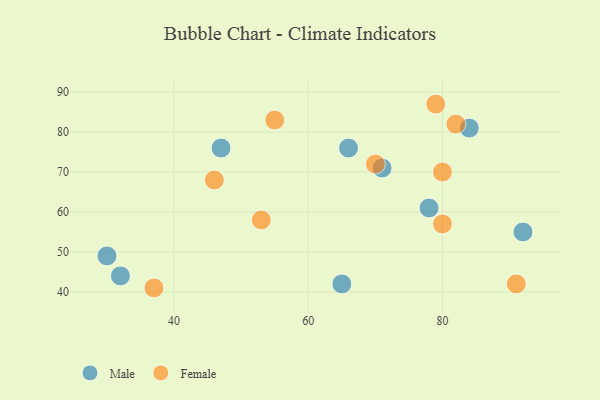
{"axis": {"x": "GDP", "y": "Life Expectancy"}, "legend": ["Female", "Male"], "data": [{"x": "84", "y": 81, "type": "Male"}, {"x": "65", "y": 42, "type": "Male"}, {"x": "78", "y": 61, "type": "Male"}, {"x": "92", "y": 55, "type": "Male"}, {"x": "30", "y": 49, "type": "Male"}, {"x": "47", "y": 76, "type": "Male"}, {"x": "32", "y": 44, "type": "Male"}, {"x": "71", "y": 71, "type": "Male"}, {"x": "66", "y": 76, "type": "Male"}, {"x": "80", "y": 70, "type": "Female"}, {"x": "79", "y": 87, "type": "Female"}, {"x": "53", "y": 58, "type": "Female"}, {"x": "82", "y": 82, "type": "Female"}, {"x": "37", "y": 41, "type": "Female"}, {"x": "91", "y": 42, "type": "Female"}, {"x": "80", "y": 57, "type": "Female"}, {"x": "55", "y": 83, "type": "Female"}, {"x": "46", "y": 68, "type": "Female"}, {"x": "70", "y": 72, "type": "Female"}]}